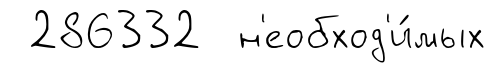
286332 н'еобход'и́мых